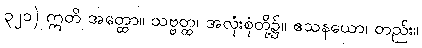
၃၂၁) ဣတိ အတ္ထော။ သဗ္ဗတ္ထ၊ အလုံးစုံတို့၌။ ဧသနယော၊ တည်း။